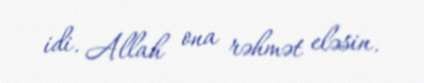
idi. Allah ona rəhmət eləsin.